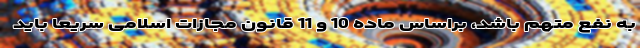
به نفع متهم باشد، براساس ماده 10 و 11 قانون مجازات اسلامی سریعا باید